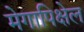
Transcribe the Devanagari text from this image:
मेगापिक्षेल